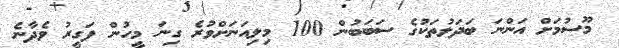
މޫސުމަށް އަންނަ ބަަދަލުތަކުގެ ސަބަބުން 100 މިލިއަނަށްވުރެ ގިނަ މީހުން ފަގީރު ވެދާނެ